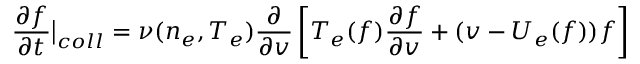
\frac { \partial f } { \partial t } \bigr \rvert _ { c o l l } = \nu ( n _ { e } , T _ { e } ) \frac { \partial } { \partial v } \left[ T _ { e } ( f ) \frac { \partial f } { \partial v } + ( v - U _ { e } ( f ) ) f \right]